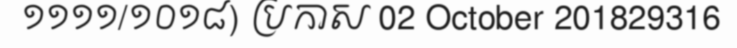
១១១១/១០១៨) ប្រកាស 02 October 201829316